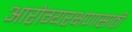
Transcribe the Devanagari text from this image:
आरोग्यरक्षणासाठी